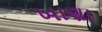
ખાણા